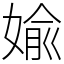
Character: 婾